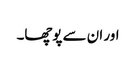
اور ان سے پوچھا۔